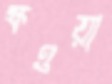
ক্ষওয়া